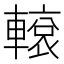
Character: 𨎊